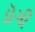
ડૉગી